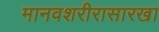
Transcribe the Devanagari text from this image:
मानवशरीरासारखा